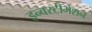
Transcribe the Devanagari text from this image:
इन्वस्टीगेशन